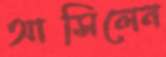
আসিলেন